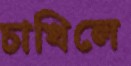
চাখিলে